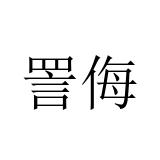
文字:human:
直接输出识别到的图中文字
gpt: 詈侮